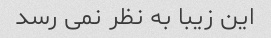
این زیبا به نظر نمی رسد